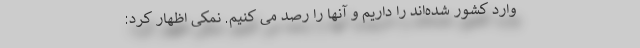
وارد کشور شده‌اند را داریم و آنها را رصد می کنیم. نمکی اظهار کرد: